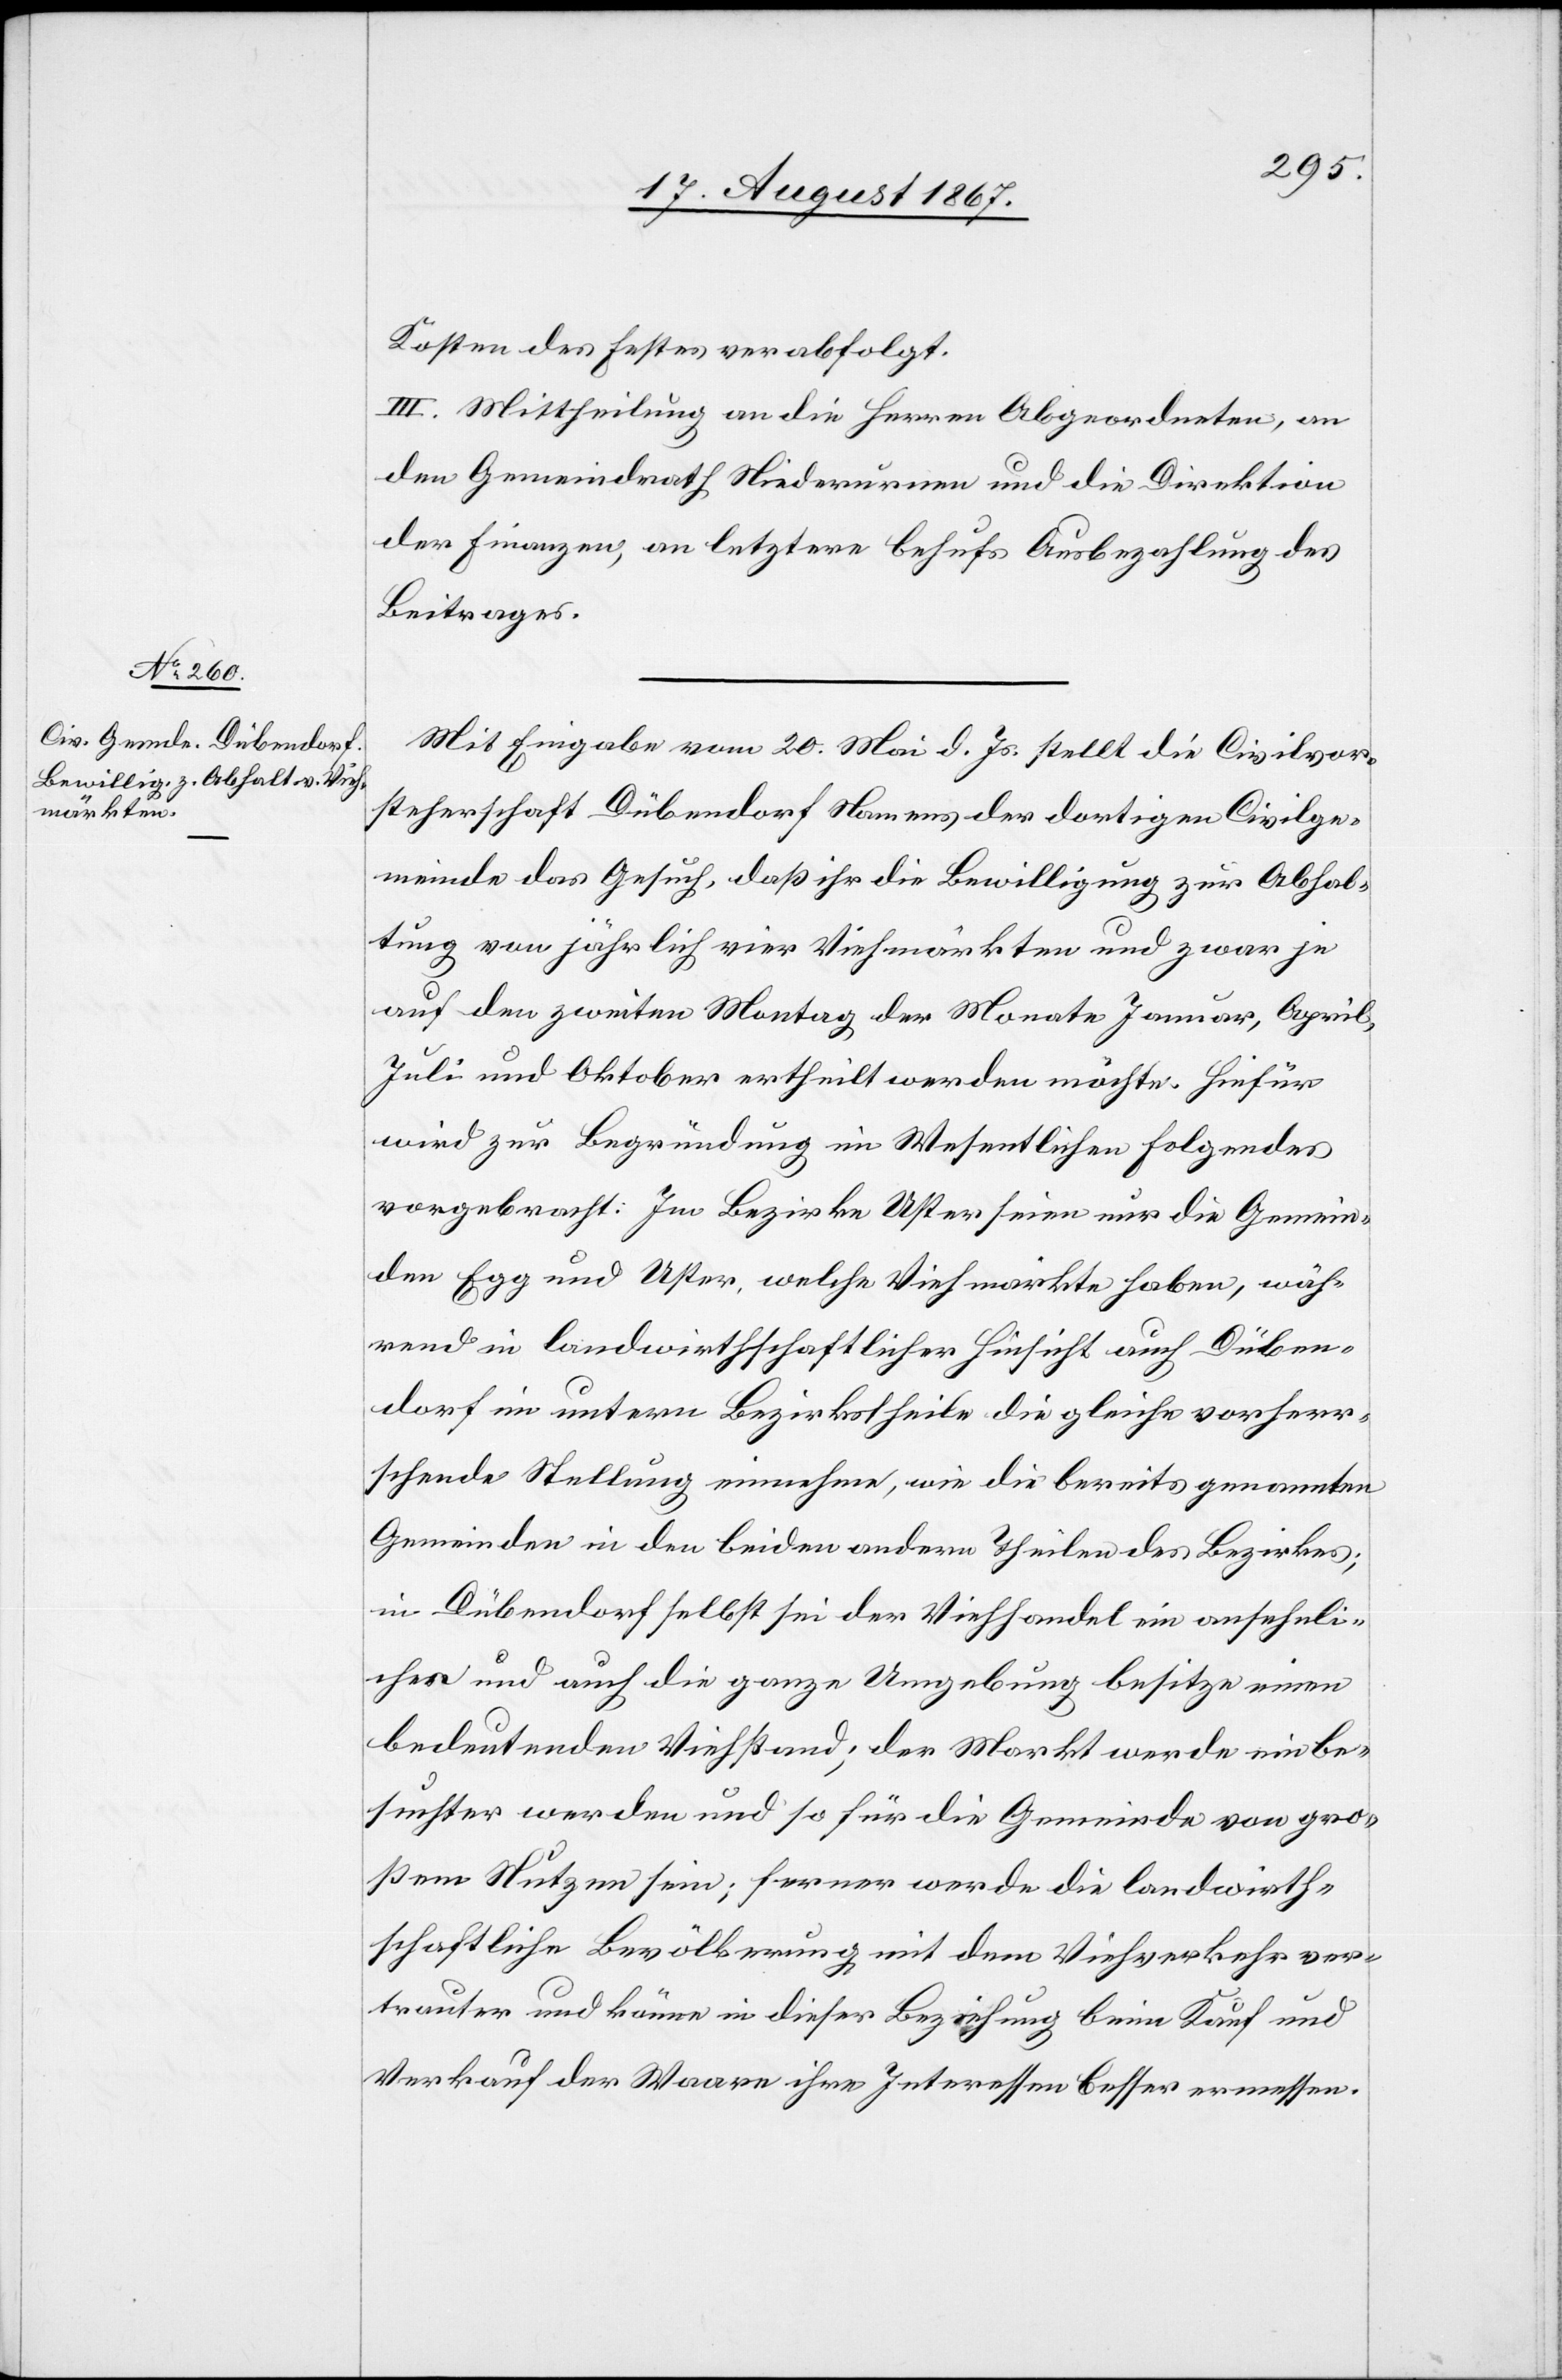
Kosten des Festes verabfolgt.
III. Mittheilung an die Herren Abgeordneten, an
den Gemeindrath Niederurnen und die Direktion
der Finanzen, an letztere behufs Ausbezahlung des
Beitrages.
Mit Eingabe vom 20. Mai d. Js. stellt die Civilvor¬
steherschaft Dübendorf Namens der dortigen Civilge¬
meinde das Gesuch, daß ihr die Bewilligung zur Abhal¬
tung von jährlich vier Viehmärkten und zwar je
auf den zweiten Montag der Monate Januar, April,
Juli und Oktober ertheilt werden möchte. Hiefür
wird zur Begründung im Wesentlichen Folgendes
vorgebracht: Im Bezirke Uster seien nur die Gemein¬
den Egg und Uster, welche Viehmärkte haben, wäh¬
rend in landwirthschaftlicher Hinsicht auch Düben¬
dorf im untern Bezirkstheile die gleiche vorherr¬
schende Stellung einnehme, wie die bereits genannten
Gemeinden in den beiden andern Theilen des Bezirkes;
in Dübendorf selbst sei der Viehhandel ein ansehnli¬
cher und auch die ganze Umgebung besitze einen
bedeutenden Viehstand; der Markt werde ein be¬
suchter werden und so für die Gemeinde von gro¬
ßem Nutzen sein; ferner werde die landwirth¬
schaftliche Bevölkerung mit dem Viehverkehr ver¬
trauter und könne in dieser Beziehung beim Kauf und
Verkauf der Waare ihre Interessen besser ermessen.